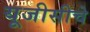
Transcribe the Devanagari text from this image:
यूजीसीचे